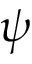
\psi